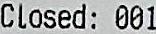
CLOSED: 001